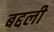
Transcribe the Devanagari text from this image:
बद्दली